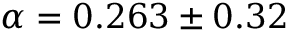
\alpha = 0 . 2 6 3 \pm 0 . 3 2